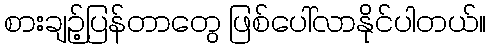
စားချဉ့်ပြန်တာတွေ ဖြစ်ပေါ်လာနိုင်ပါတယ်။